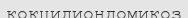
кокцидиондомикоз